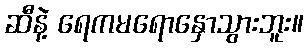
ဆီနဲ့ ရေကမရောနှောသွားဘူး။